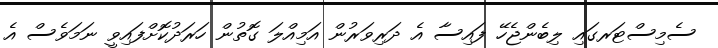
ސެމިސްޓަރގައި ލިބެންޖެހޭ ފައިސާ އެ ދަރިވަރުން އަމިއްލަ ގޮތުން ހަރަދުކޮށްފައިވީ ނަމަވެސް އެ